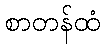
စာတန်ထံ